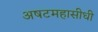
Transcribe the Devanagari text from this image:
अषटमहासीधी